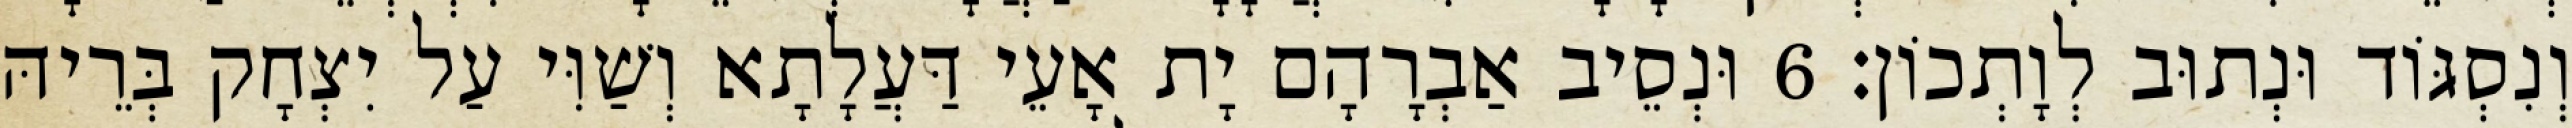
וְנִסְגּוֹד וּנְתוּב לְוָתְכוֹן׃ 6 וּנְסֵיב אַבְרָהָם יָת אָעֵי דַּעֲלָתָא וְשַׁוִּי עַל יִצְחָק בְּרֵיהּ